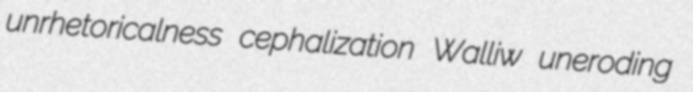
unrhetoricalness cephalization Walliw uneroding